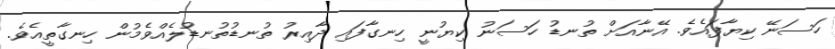
ހަސަނޭ ކިޔާފައެވެ. އޭނާއަށް ތުނޑު ހަސަނު ކިޔުނީ ހިނގާފައި ދާއިރު ތުނޑުތުނޑުލެއްވެމުން ހިނގާތީއެވެ.